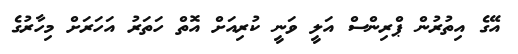
އޭގެ އިތުރުން ޕްރިންސް އަލީ ވަނީ ކުރިއަށް އޮތް ހަތަރު އަހަރަށް މިހާރުގެ